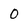
Character: O